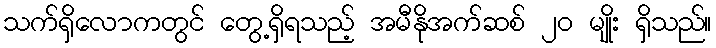
သက်ရှိလောကတွင် တွေ့ရှိရသည့် အမီနိုအက်ဆစ် ၂၀ မျိုး ရှိသည်။